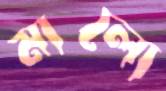
মালো